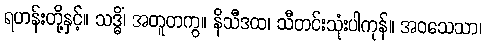
ရဟန်းတို့နှင့်။ သဒ္ဓိံ၊ အတူတကွ။ နိသီဒထ၊ သီတင်းသုံးပါကုန်။ အဝသေသာ၊